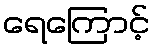
ရေကြောင့်